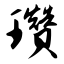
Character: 瓒